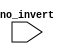
`timescale 1ns / 1ps
//////////////////////////////////////////////////////////////////////////////////
// Company: 
// Engineer: 
// 
// Design Name: 
// Module Name: invert
// Project Name: 
// Target Devices: 
// Tool Versions: 
// Description: 
// 
// Dependencies: 
// 
// Revision:
// Revision 0.01 - File Created
// Additional Comments:
// 
//////////////////////////////////////////////////////////////////////////////////


module invert(
    input [7:0] no_invert
    );
    wire two_comp;
    assign two_comp = ~no_invert + 1;
    
endmodule